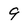
Character: 9